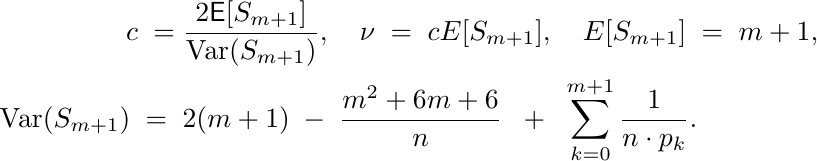
\begin{align*}
c \; = & \; \frac{2 \mathsf{E}[S_{m+1}]}
		{\mathrm{Var}(S_{m+1})}, \quad \nu \;= \;c E[S_{m+1}] ,  \quad E[S_{m+1}]\; =\; m+1,  \\ \mathrm{Var}(S_{m+1})  \;= \;  &  \; 2(m+1) \; -\; \frac{m^2 + 6m + 6}{n} \; \;+ \;  \; \sum_{k=0}^{m+1} \frac{1}{ n \cdot p_k}.
\end{align*}